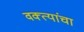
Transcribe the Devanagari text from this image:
वक्त्यांचा